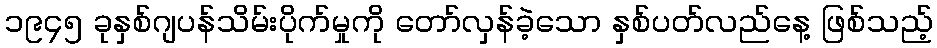
၁၉၄၅ ခုနှစ်ဂျပန်သိမ်းပိုက်မှုကို တော်လှန်ခဲ့သော နှစ်ပတ်လည်နေ့ ဖြစ်သည့်